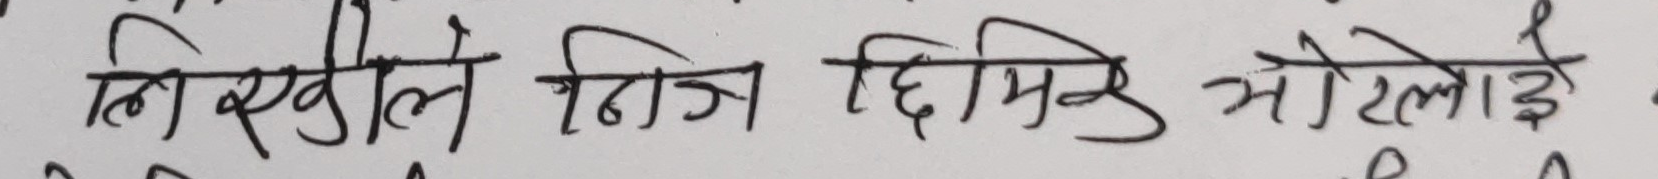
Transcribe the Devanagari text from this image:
लिखुले निजि छिमिक मोरेलाई